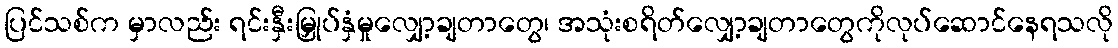
ပြင်သစ်က မှာလည်း ရင်းနှီးမြှုပ်နှံမှုလျှော့ချတာတွေ၊ အသုံးစရိတ်လျှော့ချတာတွေကိုလုပ်ဆောင်နေရသလို